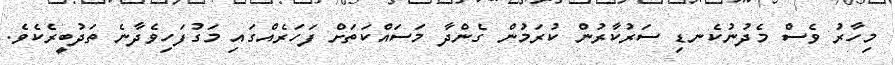
މިހާރު ވެސް މެދުނުކެނޑި ސަރުކާރުން ކުރަމުން ގެންދާ މަސައްކަތަށް ފަހަރެއްގައި މަގުފަހިވެދާނެ ތަދުބީރެކެވެ.